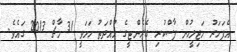
އެފަހަރު މަޖިލީހުން ފާސްކުރި ގެރެންޓީގެ މުއްދަތު ހަމަވީ 31 މާޗް 2013 ގައެވެ.